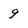
Character: 9